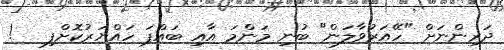
ދަރިންނަށް "ހޭއަރުވާލަން" ބުނި މަންމަ އާއި ބައްޕަ ހައްޔަރުކޮށްފި   !